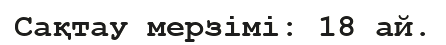
Сақтау мерзімі: 18 ай.